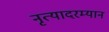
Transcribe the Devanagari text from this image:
नृत्यादरम्यान